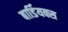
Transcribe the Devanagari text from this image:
बार्डियक्स